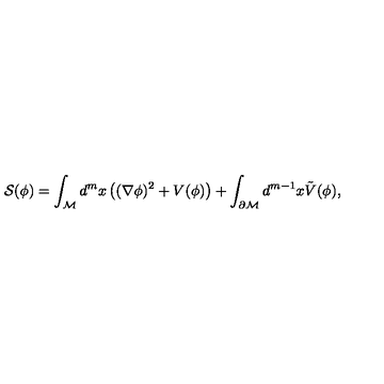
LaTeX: { \cal S } ( \phi ) = \int _ { \cal M } d ^ { m } x \left( ( \nabla \phi ) ^ { 2 } + V ( \phi ) \right) + \int _ { \partial { \cal M } } d ^ { m - 1 } x \tilde { V } ( \phi ) ,